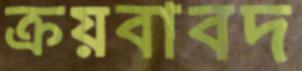
ক্রয়বাবদ